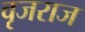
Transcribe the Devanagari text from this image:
वृजराज